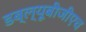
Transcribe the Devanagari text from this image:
डब्ल्यूबीजीएच